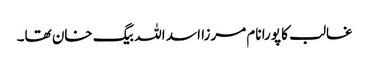
غالب کا پورا نام مرزا اسد اللہ بیگ خان تھا۔